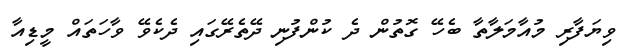
ވިޔަފާރި މުއާމަލާތާ ބެހޭ ގޮތުން ދެ ކުންފުނި ދޭތެރޭގައި ދެކެވޭ ވާހަތައް މީޑިއާ